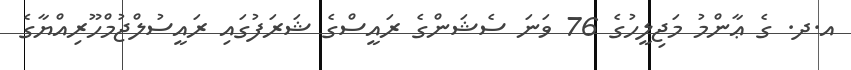
އ.ދ. ގެ ޢާންމު މަޖިލީހުގެ 76 ވަނަ ސެޝަންގެ ރައީސްގެ ޝަރަފުގައި ރައީސުލްޖުމްހޫރިއްޔާގެ